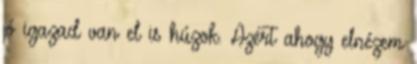
jó igazad van el is húzok. Azért ahogy elnézem